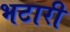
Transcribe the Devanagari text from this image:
भटारी